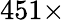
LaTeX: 451\times